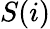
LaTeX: S(i)